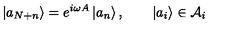
\left| a _ { N + n } \right\rangle = e ^ { i \omega A } \left| a _ { n } \right\rangle , \qquad \left| a _ { i } \right\rangle \in { \cal A } _ { i }